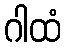
ဂါထံ